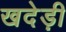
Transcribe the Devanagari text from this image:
खदेड़ी